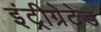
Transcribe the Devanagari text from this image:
इंट्रीग्रेटेड